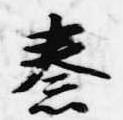
秦